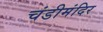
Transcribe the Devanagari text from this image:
चंडीमंदिर